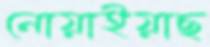
নোয়াইয়াছ